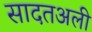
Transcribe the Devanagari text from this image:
सादतअली